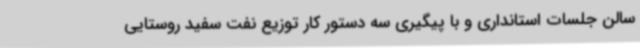
سالن جلسات استانداری و با پیگیری سه دستور کار توزیع نفت سفید روستایی